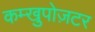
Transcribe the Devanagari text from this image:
कम्खुपोज़टर